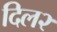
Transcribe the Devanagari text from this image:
दिल२